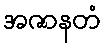
အဇာနတံ